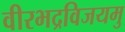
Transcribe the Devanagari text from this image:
वीरभद्रविजयमु